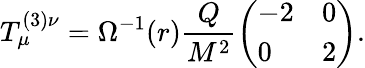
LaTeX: T_{\mu}^{(3)\nu}=\Omega^{-1}(r)\frac{Q}{M^{2}}\left(\begin{array}{ll}{{-2}}&{{0}}\\ {{0}}&{{2}}\end{array}\right).